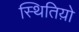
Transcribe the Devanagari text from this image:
स्थितिय़ो